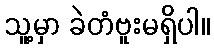
သူ့မှာ ခဲတံဗူးမရှိပါ။